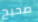
صحيح